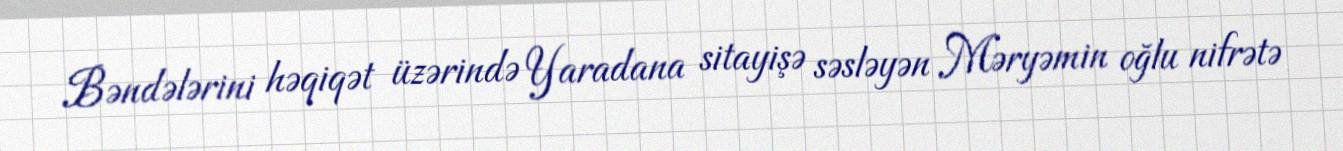
Bəndələrini həqiqət üzərində Yaradana sitayişə səsləyən Məryəmin oğlu nifrətə